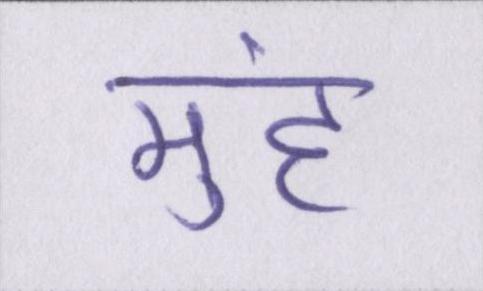
मुंह